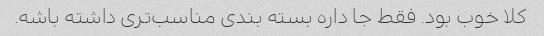
کلا خوب بود. فقط جا داره بسته بندی مناسب‌تری داشته باشه.